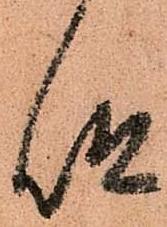
仰